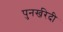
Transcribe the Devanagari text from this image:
पुनर्खरेदी